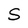
Character: S